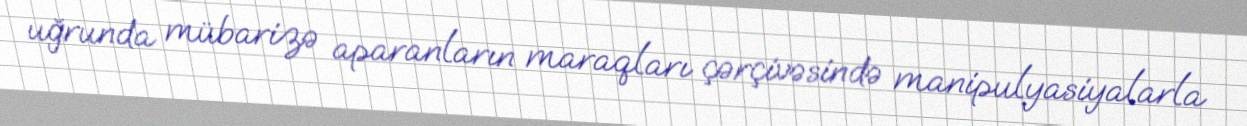
uğrunda mübarizə aparanların maraqları çərçivəsində manipulyasiyalarla